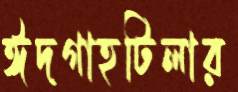
ঈদগাহটিলার